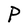
Character: P